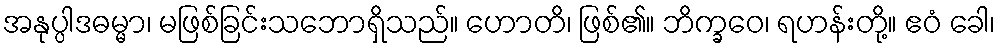
အနုပ္ပါဒဓမ္မာ၊ မဖြစ်ခြင်းသဘောရှိသည်။ ဟောတိ၊ ဖြစ်၏။ ဘိက္ခဝေ၊ ရဟန်းတို့။ ဧဝံ ခေါ၊